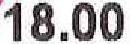
18.00